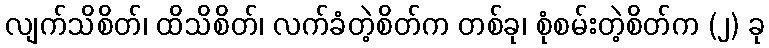
လျက်သိစိတ်၊ ထိသိစိတ်၊ လက်ခံတဲ့စိတ်က တစ်ခု၊ စုံစမ်းတဲ့စိတ်က (၂) ခု